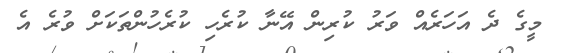
މީގެ ދެ އަހަރެއް ވަރު ކުރިން އޭނާ ކުރެހި ކުރެހުންތަކަށް ވުރެ އެ